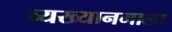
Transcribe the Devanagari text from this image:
व्यख्यानमाला